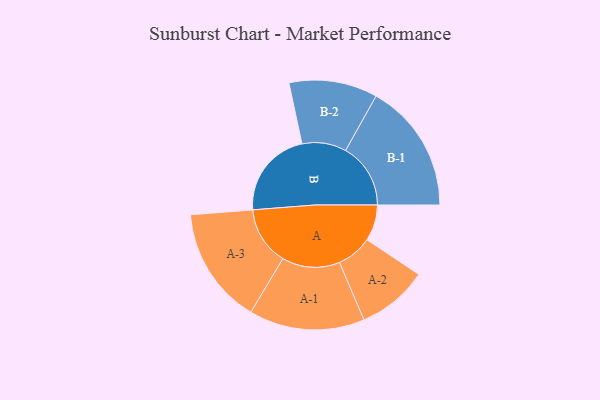
{"axis": {"x": "Segment", "y": "Value"}, "legend": ["", "A", "B"], "data": [{"x": "A", "y": 165, "type": ""}, {"x": "B", "y": 403, "type": ""}, {"x": "A-1", "y": 264, "type": "A"}, {"x": "A-2", "y": 162, "type": "A"}, {"x": "A-3", "y": 267, "type": "A"}, {"x": "B-1", "y": 297, "type": "B"}, {"x": "B-2", "y": 202, "type": "B"}]}